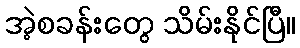
အဲ့စခန်းတွေ သိမ်းနိုင်ပြီ။